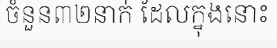
ចំនួន៣២នាក់ ដែលក្នុងនោះ